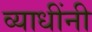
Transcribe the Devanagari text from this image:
व्याधींनी